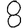
Digit: 8